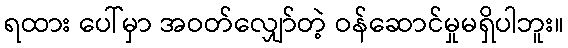
ရထား ပေါ်မှာ အဝတ်လျှော်တဲ့ ဝန်ဆောင်မှုမရှိပါဘူး။